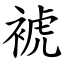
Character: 裭